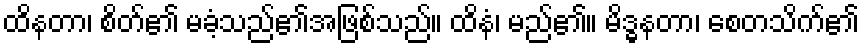
ထိနတာ၊ စိတ်၏ မခံ့သည်၏အဖြစ်သည်။ ထိနံ၊ မည်၏။ မိဒ္ဓနတာ၊ စေတသိက်၏